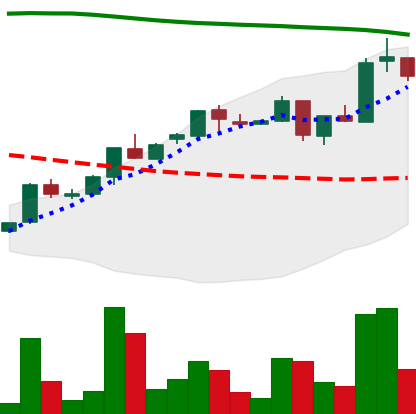
Ticker: ADA-USD
Chart end date: 2018-04-30
Forward return: 6.705%
Label: up_5_7